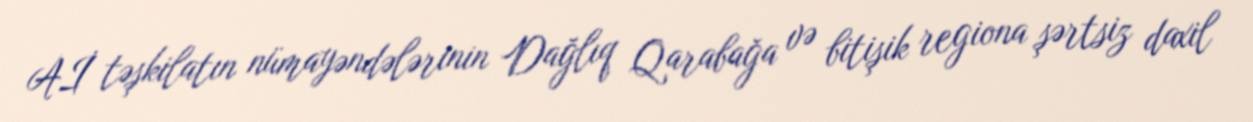
Aİ təşkilatın nümayəndələrinin Dağlıq Qarabağa və bitişik regiona şərtsiz daxil